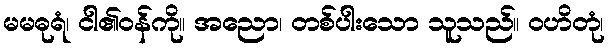
မမဓုရံ၊ ငါ၏ဝန်ကို။ အညော၊ တစ်ပါးသော သူသည်။ ဝဟိတုံ၊